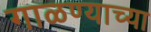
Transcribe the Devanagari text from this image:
गाळण्याच्या